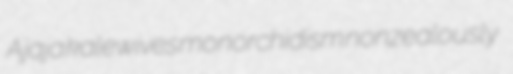
Ajaja kalewives monorchidism nonzealously